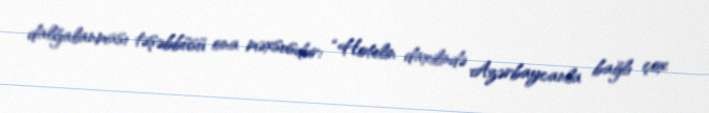
dalğalanması təşəbbüsü ona məxsusdur: “Hotelin daxilində Azərbaycanla bağlı çox